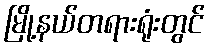
မြို့နယ်တရားရုံးတွင်